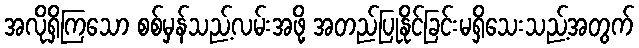
အလိုရှိကြသော စစ်မှန်သည့်လမ်းအဖို့ အတည်ပြုနိုင်ခြင်းမရှိသေးသည့်အတွက်